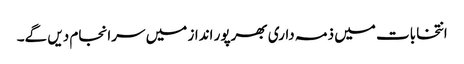
انتخابات میں ذمہ داری بھرپور انداز میں سرانجام دیں گے۔